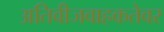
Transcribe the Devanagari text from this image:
अतिवीजवाहकतेवर